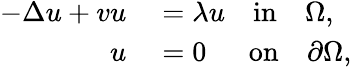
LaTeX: \begin{array}{rl}{-\Delta u+vu}&{{}=\lambda u\quad\mathrm{in}\quad\Omega,}\\ {u}&{{}=0\quad\ \ \mathrm{on}\quad\partial\Omega,}\end{array}